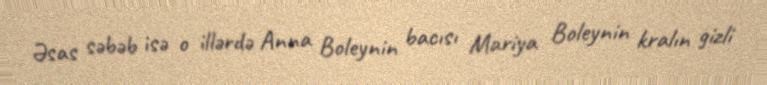
Əsas səbəb isə o illərdə Anna Boleynin bacısı Mariya Boleynin kralın gizli